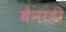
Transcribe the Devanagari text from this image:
बेनाडी